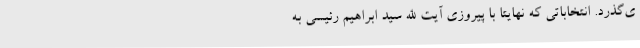
ی‌گذرد. انتخاباتی که نهایتا با پیروزی آیت الله سید ابراهیم رئیسی به